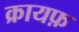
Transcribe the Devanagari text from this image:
क्रायफ़